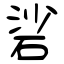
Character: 硰